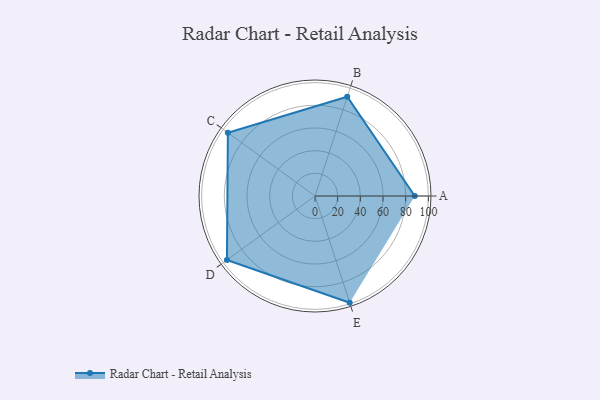
{"axis": {"x": "Skill", "y": "Score"}, "legend": ["Profile"], "data": [{"x": "A", "y": 88.0, "type": "Profile"}, {"x": "B", "y": 92.0, "type": "Profile"}, {"x": "C", "y": 95.0, "type": "Profile"}, {"x": "D", "y": 96.0, "type": "Profile"}, {"x": "E", "y": 99, "type": "Profile"}]}